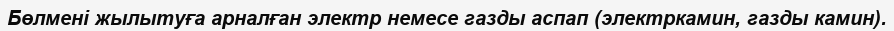
Бөлмені жылытуға арналған электр немесе газды аспап (электркамин, газды камин).